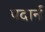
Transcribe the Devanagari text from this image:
पदार्न